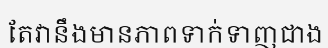
តែវានឹងមានភាពទាក់ទាញជាង